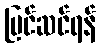
ပြင်ဆင်ရန်